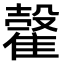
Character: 𩀠